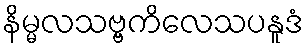
နိမ္မလသဗ္ဗကိလေသပနူဒံ